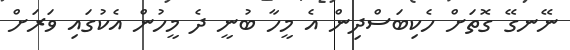
ނޭނގޭ ގޮތަށް ހެކިބަސްދިން އެ މީހާ ބުނީ ދެ މީހުން އެކުގައި ވަރަށް